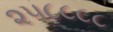
૨૫૮૮૮૮